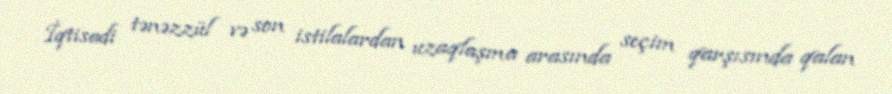
İqtisadi tənəzzül və son istilalardan uzaqlaşma arasında seçim qarşısında qalan